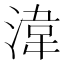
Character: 湋